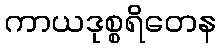
ကာယဒုစ္စရိတေန